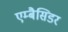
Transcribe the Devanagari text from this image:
एम्बैसिडर